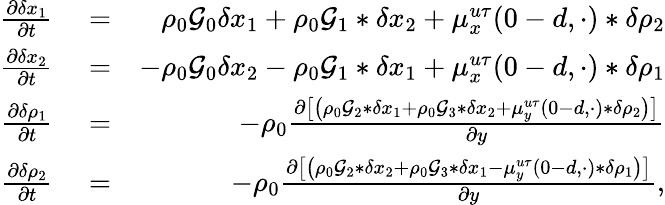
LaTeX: \begin{array}{rlr}{\frac{\partial\delta x_{1}}{\partial t}}&{{}=}&{\rho_{0}\mathcal{G}_{0}\delta x_{1}+\rho_{0}\mathcal{G}_{1}*\delta x_{2}+\mu_{x}^{u\tau}(0-d,\cdot)*\delta\rho_{2}}\\ {\frac{\partial\delta x_{2}}{\partial t}}&{{}=}&{-\rho_{0}\mathcal{G}_{0}\delta x_{2}-\rho_{0}\mathcal{G}_{1}*\delta x_{1}+\mu_{x}^{u\tau}(0-d,\cdot)*\delta\rho_{1}}\\ {\frac{\partial\delta\rho_{1}}{\partial t}}&{{}=}&{-\rho_{0}\frac{\partial\left[\left(\rho_{0}\mathcal{G}_{2}*\delta x_{1}+\rho_{0}\mathcal{G}_{3}*\delta x_{2}+\mu_{y}^{u\tau}(0-d,\cdot)*\delta\rho_{2}\right)\right]}{\partial y}}\\ {\frac{\partial\delta\rho_{2}}{\partial t}}&{{}=}&{-\rho_{0}\frac{\partial\left[\left(\rho_{0}\mathcal{G}_{2}*\delta x_{2}+\rho_{0}\mathcal{G}_{3}*\delta x_{1}-\mu_{y}^{u\tau}(0-d,\cdot)*\delta\rho_{1}\right)\right]}{\partial y},}\end{array}